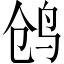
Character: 鸧